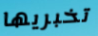
تخبريها